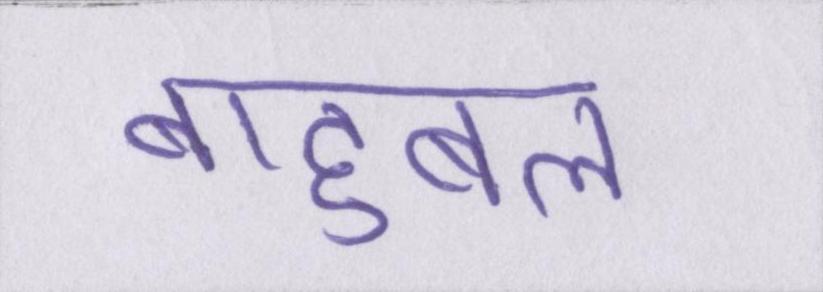
बाहुबल